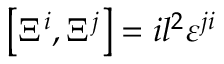
\left[ \Xi ^ { i } , \Xi ^ { j } \right] = i l ^ { 2 } { \varepsilon } ^ { j i }